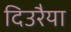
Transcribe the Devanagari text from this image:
दिउरैया